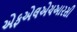
એફએલએચઆરસી